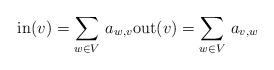
LaTeX: \begin{align*}\mathrm{in}(v)=\sum_{w\in V}\,a_{w,v} \mathrm{out}(v)=\sum_{w\in V}\,a_{v,w}\end{align*}